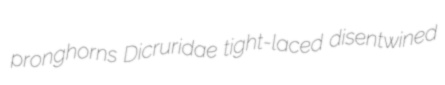
pronghorns Dicruridae tight-laced disentwined